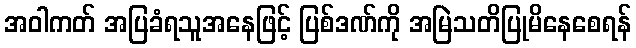
အဝါကတ် အပြခံရသူအနေဖြင့် ပြစ်ဒဏ်ကို အမြဲသတိပြုမိနေစေရန်